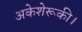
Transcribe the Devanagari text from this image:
अकेशेरूकी।